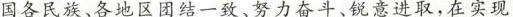
国各民族、各地区团结一致、努力奋斗、锐意进取，在实现